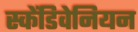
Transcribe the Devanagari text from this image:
स्केंडिवेनियन